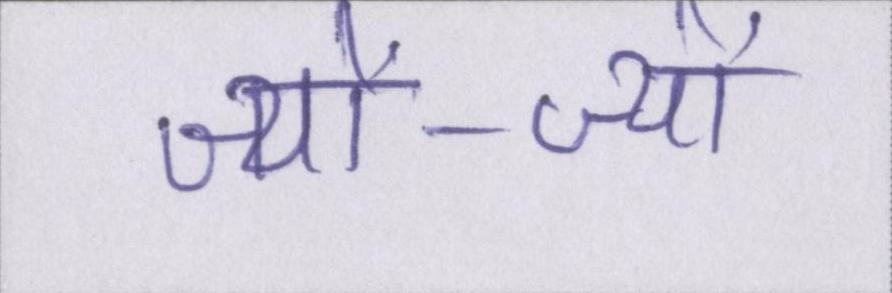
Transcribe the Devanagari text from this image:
ज्यों-ज्यों